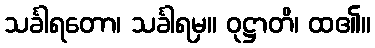
သင်္ခါရတော၊ သင်္ခါရမှ။ ဝုဋ္ဌာတိ၊ ထ၏။